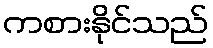
ကစားနိုင်သည်